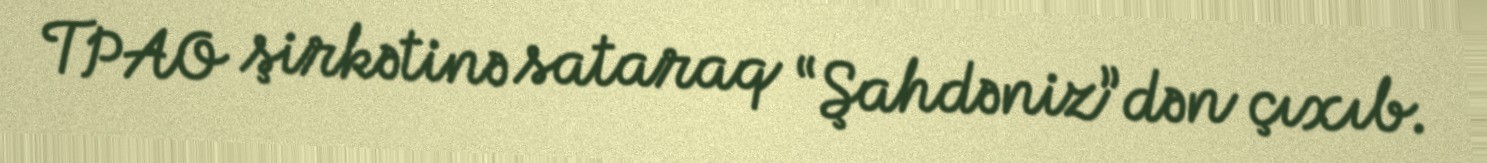
TPAO şirkətinə sataraq “Şahdəniz”dən çıxıb.